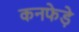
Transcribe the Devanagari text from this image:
कनफेड़े